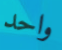
واحد